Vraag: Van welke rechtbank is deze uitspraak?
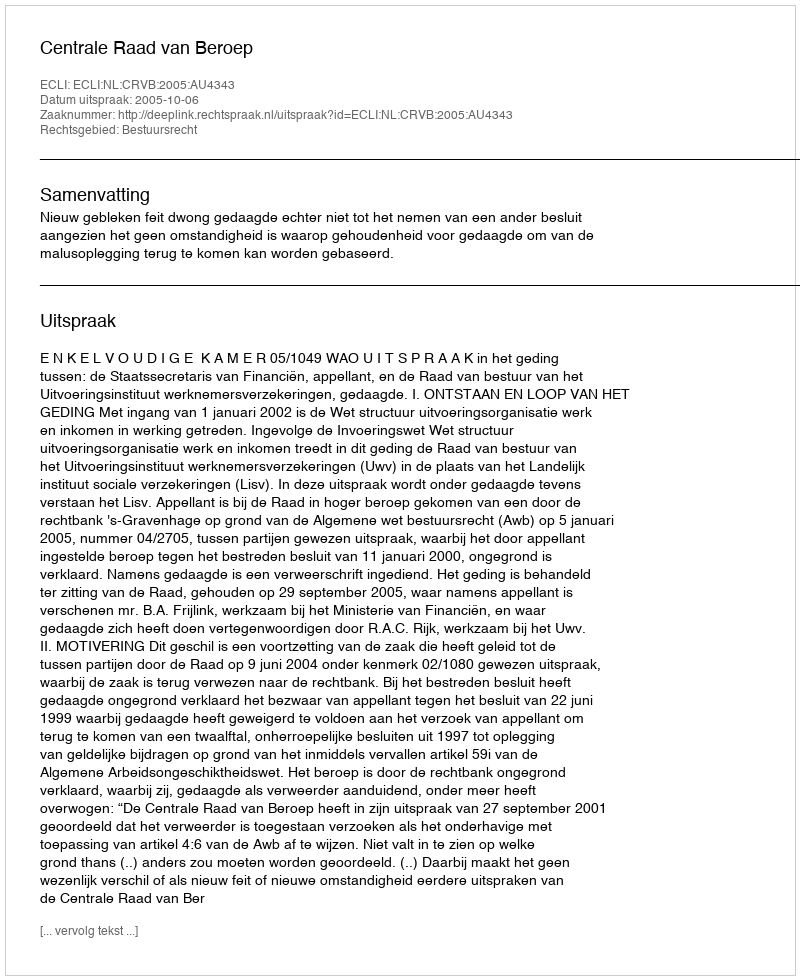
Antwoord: Centrale Raad van Beroep